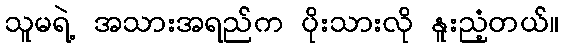
သူမရဲ့ အသားအရည်က ပိုးသားလို နူးညံ့တယ်။